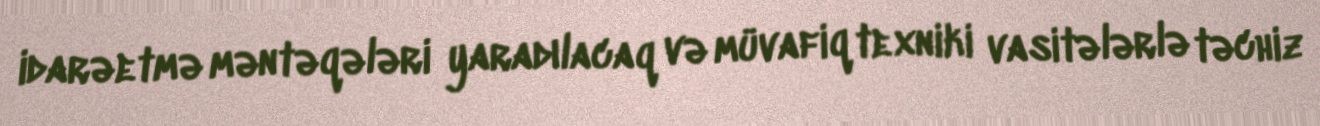
idarəetmə məntəqələri yaradılacaq və müvafiq texniki vasitələrlə təchiz